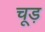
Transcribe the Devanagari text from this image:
चूड़